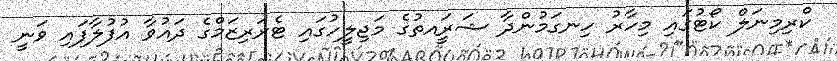
ކްރިމިނަލް ކޯޓުގައި މިހާރު ހިނގަމުންދާ ޝަރީައތުގެ މަޖިލީހުގައި ޓެރަރިޒަމްގެ ދައުވާ އުފުލާފައި ވަނީ